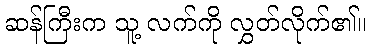
ဆန်ကြီးက သူ့ လက်ကို လွှတ်လိုက်၏။